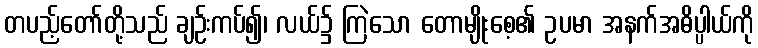
တပည့်တော်တို့သည် ချဉ်းကပ်၍၊ လယ်၌ ကြဲသော တောမျိုးစေ့၏ ဥပမာ အနက်အဓိပ္ပါယ်ကို